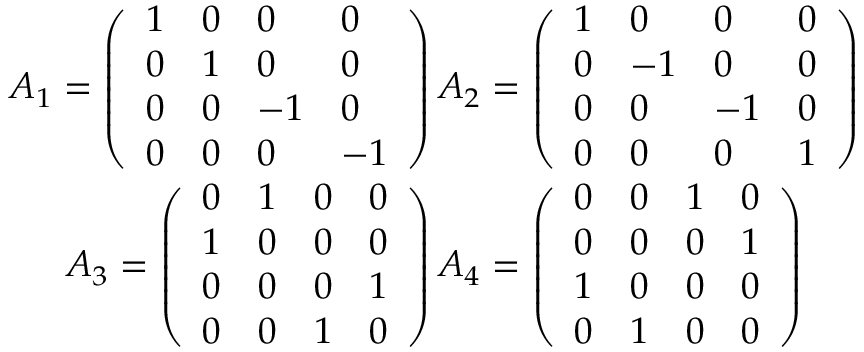
\begin{array} { c } { { A _ { 1 } = \left( \begin{array} { l l l l } { { 1 } } & { { 0 } } & { { 0 } } & { { 0 } } \\ { { 0 } } & { { 1 } } & { { 0 } } & { { 0 } } \\ { { 0 } } & { { 0 } } & { { - 1 } } & { { 0 } } \\ { { 0 } } & { { 0 } } & { { 0 } } & { { - 1 } } \end{array} \right) A _ { 2 } = \left( \begin{array} { l l l l } { { 1 } } & { { 0 } } & { { 0 } } & { { 0 } } \\ { { 0 } } & { { - 1 } } & { { 0 } } & { { 0 } } \\ { { 0 } } & { { 0 } } & { { - 1 } } & { { 0 } } \\ { { 0 } } & { { 0 } } & { { 0 } } & { { 1 } } \end{array} \right) } } \\ { { A _ { 3 } = \left( \begin{array} { l l l l } { { 0 } } & { { 1 } } & { { 0 } } & { { 0 } } \\ { { 1 } } & { { 0 } } & { { 0 } } & { { 0 } } \\ { { 0 } } & { { 0 } } & { { 0 } } & { { 1 } } \\ { { 0 } } & { { 0 } } & { { 1 } } & { { 0 } } \end{array} \right) A _ { 4 } = \left( \begin{array} { l l l l } { { 0 } } & { { 0 } } & { { 1 } } & { { 0 } } \\ { { 0 } } & { { 0 } } & { { 0 } } & { { 1 } } \\ { { 1 } } & { { 0 } } & { { 0 } } & { { 0 } } \\ { { 0 } } & { { 1 } } & { { 0 } } & { { 0 } } \end{array} \right) } } \end{array}